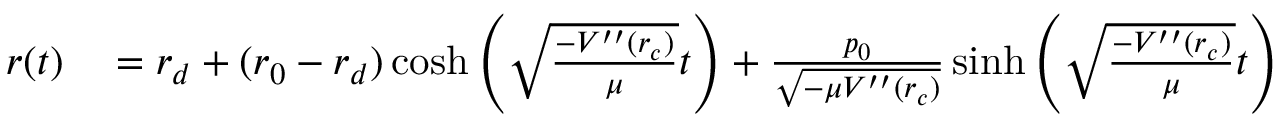
\begin{array} { r l } { r ( t ) } & { { } = r _ { d } + ( r _ { 0 } - r _ { d } ) \cosh \left( \sqrt { \frac { - V ^ { \prime \prime } ( r _ { c } ) } { \mu } } t \right) + \frac { p _ { 0 } } { \sqrt { - \mu V ^ { \prime \prime } ( r _ { c } ) } } \sinh \left( \sqrt { \frac { - V ^ { \prime \prime } ( r _ { c } ) } { \mu } } t \right) } \end{array}